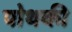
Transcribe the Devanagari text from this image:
पोथकी